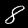
Label: 8